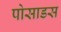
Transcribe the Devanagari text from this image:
पोसाडस